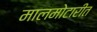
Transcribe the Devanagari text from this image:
मालमोटारीत